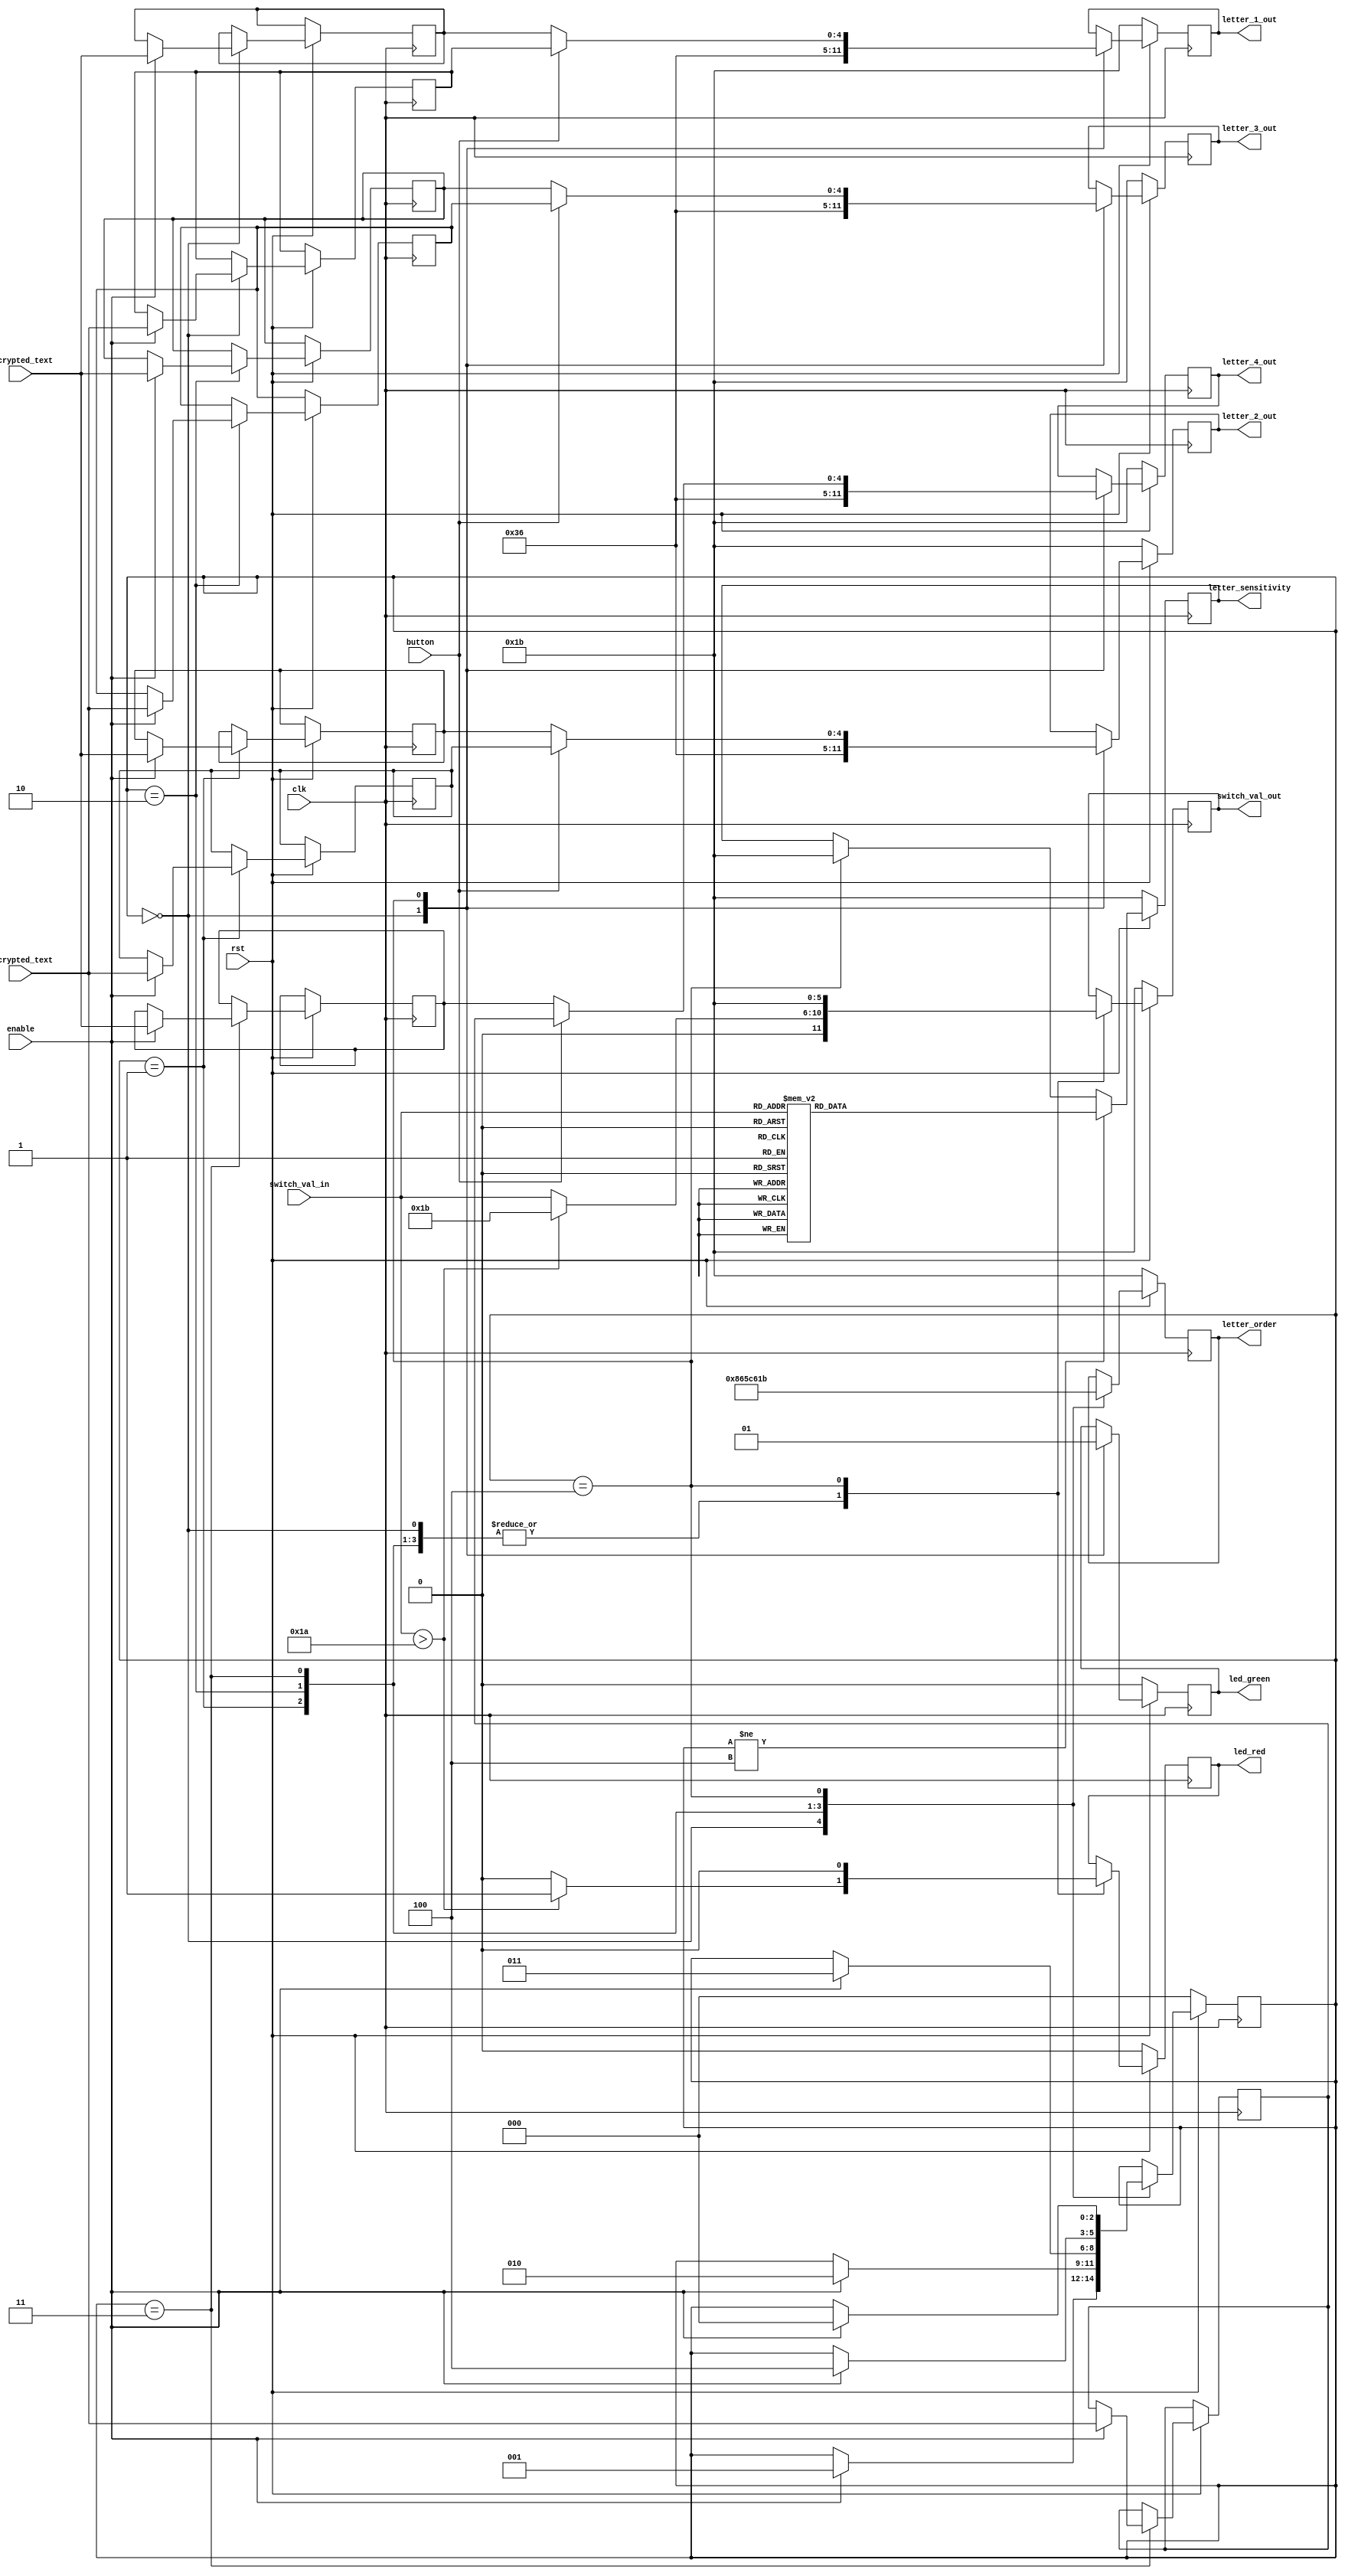
module display_decoder (
    // sequential logic vars
    rst, clk, enable,
    // hardware
    button,
    // display vals
    switch_val_in, encrypted_text, decrypted_text,
    // displays when loading
    letter_sensitivity, letter_order, switch_val_out, 
    // displays fully-loaded
    letter_1_out, letter_2_out, letter_3_out, letter_4_out,
    // LED outputs
    led_red, led_green);

    // input vars
    input rst, clk, enable, button; // 1-bit
    input [4:0] switch_val_in, encrypted_text, decrypted_text; // 5-bit

    // output vars
    //letter sensitivity: L/U indicating upper or lowercase  
    //letter order: 1, 2, 3, 4, to indicate which chaaracter they're inputting
    output reg [5:0] letter_sensitivity, letter_order, switch_val_out, letter_1_out, letter_2_out, letter_3_out, letter_4_out;
    output reg led_green, led_red;

    // helper vars
    reg [4:0] letterE_1_save, letterE_2_save, letterE_3_save, letterE_4_save;
    reg [4:0] letterD_1_save, letterD_2_save, letterD_3_save, letterD_4_save;
    reg [2:0] state; // 3-bit


    //states 0-3 to load each character & state 4 is a state to stay in/wait til rst is pressed
    parameter state_load_l1 = 3'b000, state_load_l2 = 3'b001;
    parameter state_load_l3 = 3'b010, state_load_l4 = 3'b011;
    parameter state_fully_loaded = 3'b100;

    always @(posedge clk) begin
        if(rst == 0) begin
            // if rst is ACTIVE
            state <= state_load_l1;
            led_red <= 0;
            led_green <= 0;

            switch_val_out <= 5'b11011; // (-);;
            letter_sensitivity <= 5'b11011; // (-);
            letter_order <= 5'b11011; // (-);

            letter_1_out <= 5'b11011; // (-);
            letter_2_out <= 5'b11011; // (-);
            letter_3_out <= 5'b11011; // (-);
            letter_4_out <= 5'b11011; // (-);
        end
        else begin
            case (state)
                state_load_l1: begin
                    // do same actions as rst
                    led_red <= 0;
                    led_green <= 0;
                    letter_1_out <= 5'b11011; // (-);
                    letter_2_out <= 5'b11011; // (-);
                    letter_3_out <= 5'b11011; // (-);
                    letter_4_out <= 5'b11011; // (-);

                    letter_order <= 5'b01000;

                    if(switch_val_in > 5'b11010) begin 
			// this is to check if the user has input a valid character value
                        // turn on red LED
                        led_red <= 1;
                        switch_val_out <= 5'b11011;
                    end
                    else begin
                        led_red <= 0;
                        switch_val_out <= switch_val_in;
                    end

                    if (enable == 1) begin
                        // store values  
                        letterE_1_save <= encrypted_text;
                        letterD_1_save <= decrypted_text;
                        state <= state_load_l2;
                    end
                end
                state_load_l2: begin

                    letter_order <= 5'b11001;
                    switch_val_out <= switch_val_in;

                    if(switch_val_in > 5'b11010) begin
                        // turn on red LED
                        led_red <= 1;
                        switch_val_out <= 5'b11011;
                    end
                    else begin
                        led_red <= 0;
                        switch_val_out <= switch_val_in;
                    end

                    if (enable == 1) begin
                        // store values  
                        letterE_2_save <= encrypted_text;
                        letterD_2_save <= decrypted_text;
                        state <= state_load_l3;
                    end
                end
                state_load_l3: begin

                    letter_order <= 5'b11100;

                    if(switch_val_in > 5'b11010) begin
                        // turn on red LED
                        led_red <= 1;
                        switch_val_out <= 5'b11011;
                    end
                    else begin
                        led_red <= 0;
                        switch_val_out <= switch_val_in;
                    end

                    if (enable == 1) begin
                        // store values  
                        letterE_3_save <= encrypted_text;
                        letterD_3_save <= decrypted_text;
                        state <= state_load_l4;
                    end
                end
                state_load_l4: begin

                    letter_order <= 5'b11000;

                    if(switch_val_in > 5'b11010) begin
                        // turn on red LED
                        led_red <= 1;
                        switch_val_out <= 5'b11011;
                    end
                    else begin
                        led_red <= 0;
                        switch_val_out <= switch_val_in;
                    end

                    if (enable == 1) begin
                        // store values  
                        letterE_4_save <= encrypted_text;
                        letterD_4_save <= decrypted_text;
                        state <= state_fully_loaded;
                    end
                end
                state_fully_loaded: begin
                    letter_sensitivity <= 5'b11011; // (-)
                    switch_val_out <= 5'b11011; // (-)
                    letter_order <= 5'b11011; // (-)

                    if( button == 1 ) begin // show encrypted
                        letter_1_out <= letterE_1_save;
                        letter_2_out <= letterE_2_save;
                        letter_3_out <= letterE_3_save;
                        letter_4_out <= letterE_4_save;   
                    end
                    else begin // show decrypted
                        letter_1_out <= letterD_1_save;
                        letter_2_out <= letterD_2_save;
                        letter_3_out <= letterD_3_save;
                        letter_4_out <= letterD_4_save;  
                    end

                    led_red <= 0;
                    led_green <= 1;

                    if (enable == 1) begin
                        state <= state_load_l1;
                    end
                end
            endcase

            if (state != state_fully_loaded) begin
                case(switch_val_in)
                    // u = 5'b10100
                    // l = 5'b01011
                    // s = 5'b10010
                    5'b00000: begin letter_sensitivity <= 5'b10100; end // A
                    5'b00001: begin letter_sensitivity <= 5'b01011; end // b
                    5'b00010: begin letter_sensitivity <= 5'b10100; end // C
                    5'b00011: begin letter_sensitivity <= 5'b01011; end // d
                    5'b00100: begin letter_sensitivity <= 5'b10100; end // E
                    5'b00101: begin letter_sensitivity <= 5'b10100; end // F
                    5'b00110: begin letter_sensitivity <= 5'b01011; end // g
                    5'b00111: begin letter_sensitivity <= 5'b01011; end // h
                    5'b01000: begin letter_sensitivity <= 5'b10100; end // I
                    5'b01001: begin letter_sensitivity <= 5'b10100; end // J
                    5'b01010: begin letter_sensitivity <= 5'b10100; end // K
                    5'b01011: begin letter_sensitivity <= 5'b10100; end // L
                    5'b01100: begin letter_sensitivity <= 5'b10010; end // M (symbols)
                    5'b01101: begin letter_sensitivity <= 5'b01011; end // n 
                    5'b01110: begin letter_sensitivity <= 5'b01011; end // o
                    5'b01111: begin letter_sensitivity <= 5'b01011; end // p
                    5'b10000: begin letter_sensitivity <= 5'b01011; end // q
                    5'b10001: begin letter_sensitivity <= 5'b01011; end // r
                    5'b10010: begin letter_sensitivity <= 5'b10100; end // S
                    5'b10011: begin letter_sensitivity <= 5'b01011; end // t
                    5'b10100: begin letter_sensitivity <= 5'b10100; end // U
                    5'b10101: begin letter_sensitivity <= 5'b01011; end // v 
                    5'b10110: begin letter_sensitivity <= 5'b10010; end // W (symbols)
                    5'b10111: begin letter_sensitivity <= 5'b10010; end // x (symbols)
                    5'b11000: begin letter_sensitivity <= 5'b10100; end // Y
                    5'b11001: begin letter_sensitivity <= 5'b10100; end // Z
                    5'b11010: begin letter_sensitivity <= 5'b10010; end // space (_)
                    default: begin letter_sensitivity <= 5'b11011; end // display a dsh (-)
                endcase     
            end

        end
    end

endmodule